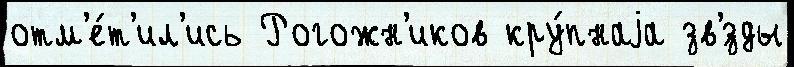
отм'е́т'ил'ись Рогожн'иков кру́пнаjа зв'́зды